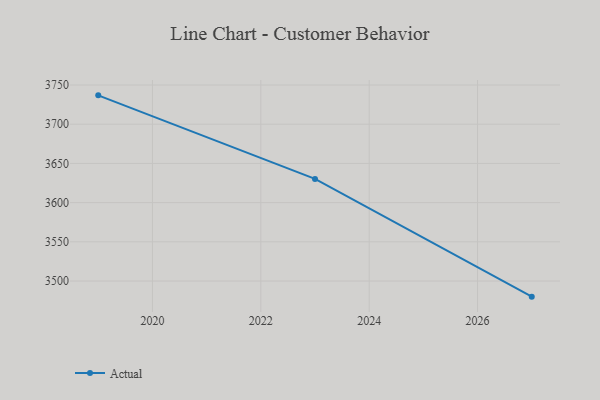
{"axis": {"x": "Year", "y": "Budget (USD K)"}, "legend": ["Actual"], "data": [{"x": "2027", "y": 3480.1, "type": "Actual"}, {"x": "2023", "y": 3630.2, "type": "Actual"}, {"x": "2019", "y": 3736.8, "type": "Actual"}]}